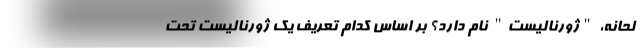
لحانه، "ژورنالیست" نام دارد؟ بر اساس کدام‌ تعریف یک ژورنالیست تحت